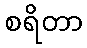
စရိတာ